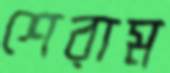
শেরাম